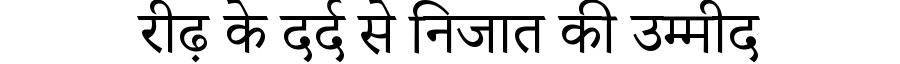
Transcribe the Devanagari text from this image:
रीढ़ के दर्द से निजात की उम्मीद